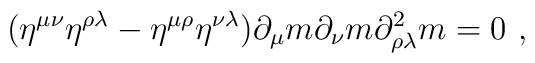
(\eta^{\mu\nu} \eta^{\rho \lambda} - \eta^{\mu \rho}   \eta^{\nu\lambda}) \partial_{\mu}m \partial_{\nu}m \partial^2_{\rho   \lambda}m = 0\ ,